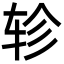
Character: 轸